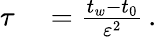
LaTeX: \begin{array}{rl}{\tau}&{{}=\frac{t_{w}-t_{0}}{{\varepsilon}^{2}}\, .}\end{array}